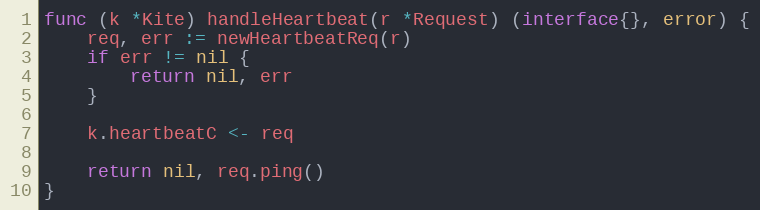
Language: Go
func (k *Kite) handleHeartbeat(r *Request) (interface{}, error) {
	req, err := newHeartbeatReq(r)
	if err != nil {
		return nil, err
	}

	k.heartbeatC <- req

	return nil, req.ping()
}